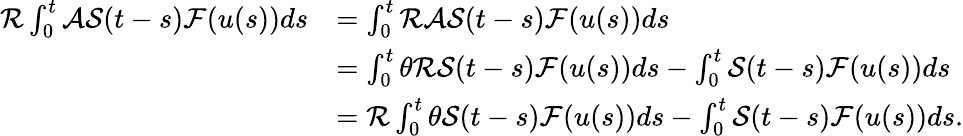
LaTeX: \begin{array}{rl}{\mathcal{R}\int_{0}^{t}\mathcal{A}\mathcal{S}(t-s)\mathcal{F}(u(s))ds}&{=\int_{0}^{t}\mathcal{R}\mathcal{A}\mathcal{S}(t-s)\mathcal{F}(u(s))ds}\\ &{=\int_{0}^{t}\theta\mathcal{R}\mathcal{S}(t-s)\mathcal{F}(u(s))ds-\int_{0}^{t}\mathcal{S}(t-s)\mathcal{F}(u(s))ds}\\ &{=\mathcal{R}\int_{0}^{t}\theta\mathcal{S}(t-s)\mathcal{F}(u(s))ds-\int_{0}^{t}\mathcal{S}(t-s)\mathcal{F}(u(s))ds.}\end{array}